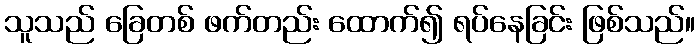
သူသည် ခြေတစ် ဖက်တည်း ထောက်၍ ရပ်နေခြင်း ဖြစ်သည်။